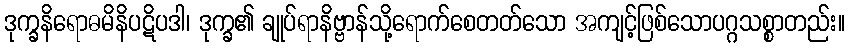
ဒုက္ခနိရောဓမိနိပဋိပဒါ၊ ဒုက္ခ၏ ချုပ်ရာနိဗ္ဗာန်သို့ရောက်စေတတ်သော အကျင့်ဖြစ်သောပဂ္ဂသစ္စာတည်း။